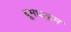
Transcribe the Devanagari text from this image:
धूमधड़ाम